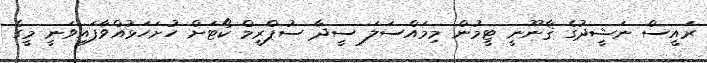
ރައީސް ނަޝީދުގެ ޤާނޫނީ ޓީމުން މިމައްސަލަ ސީދާ ސުޕްރީމް ކޯޓަށް ހުށަހަޅުއްވާފައިވަނީ މީގެ